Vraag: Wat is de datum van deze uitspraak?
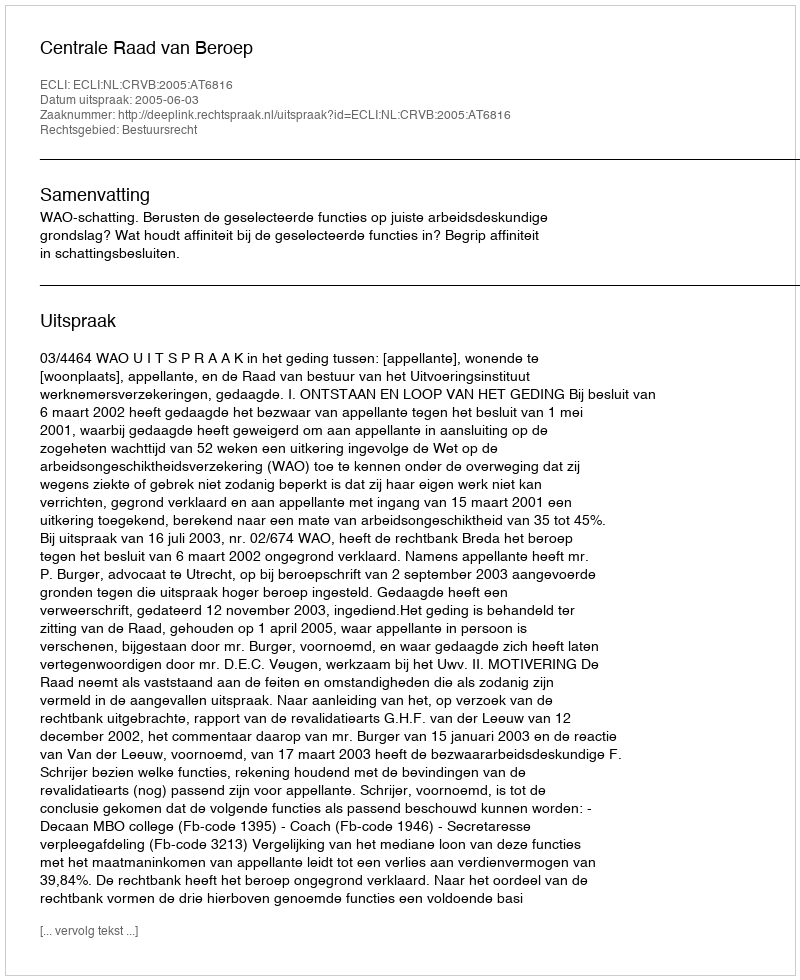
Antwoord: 2005-06-03